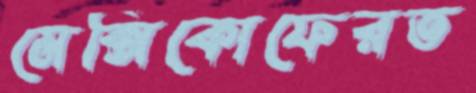
মেক্সিকোফেরত